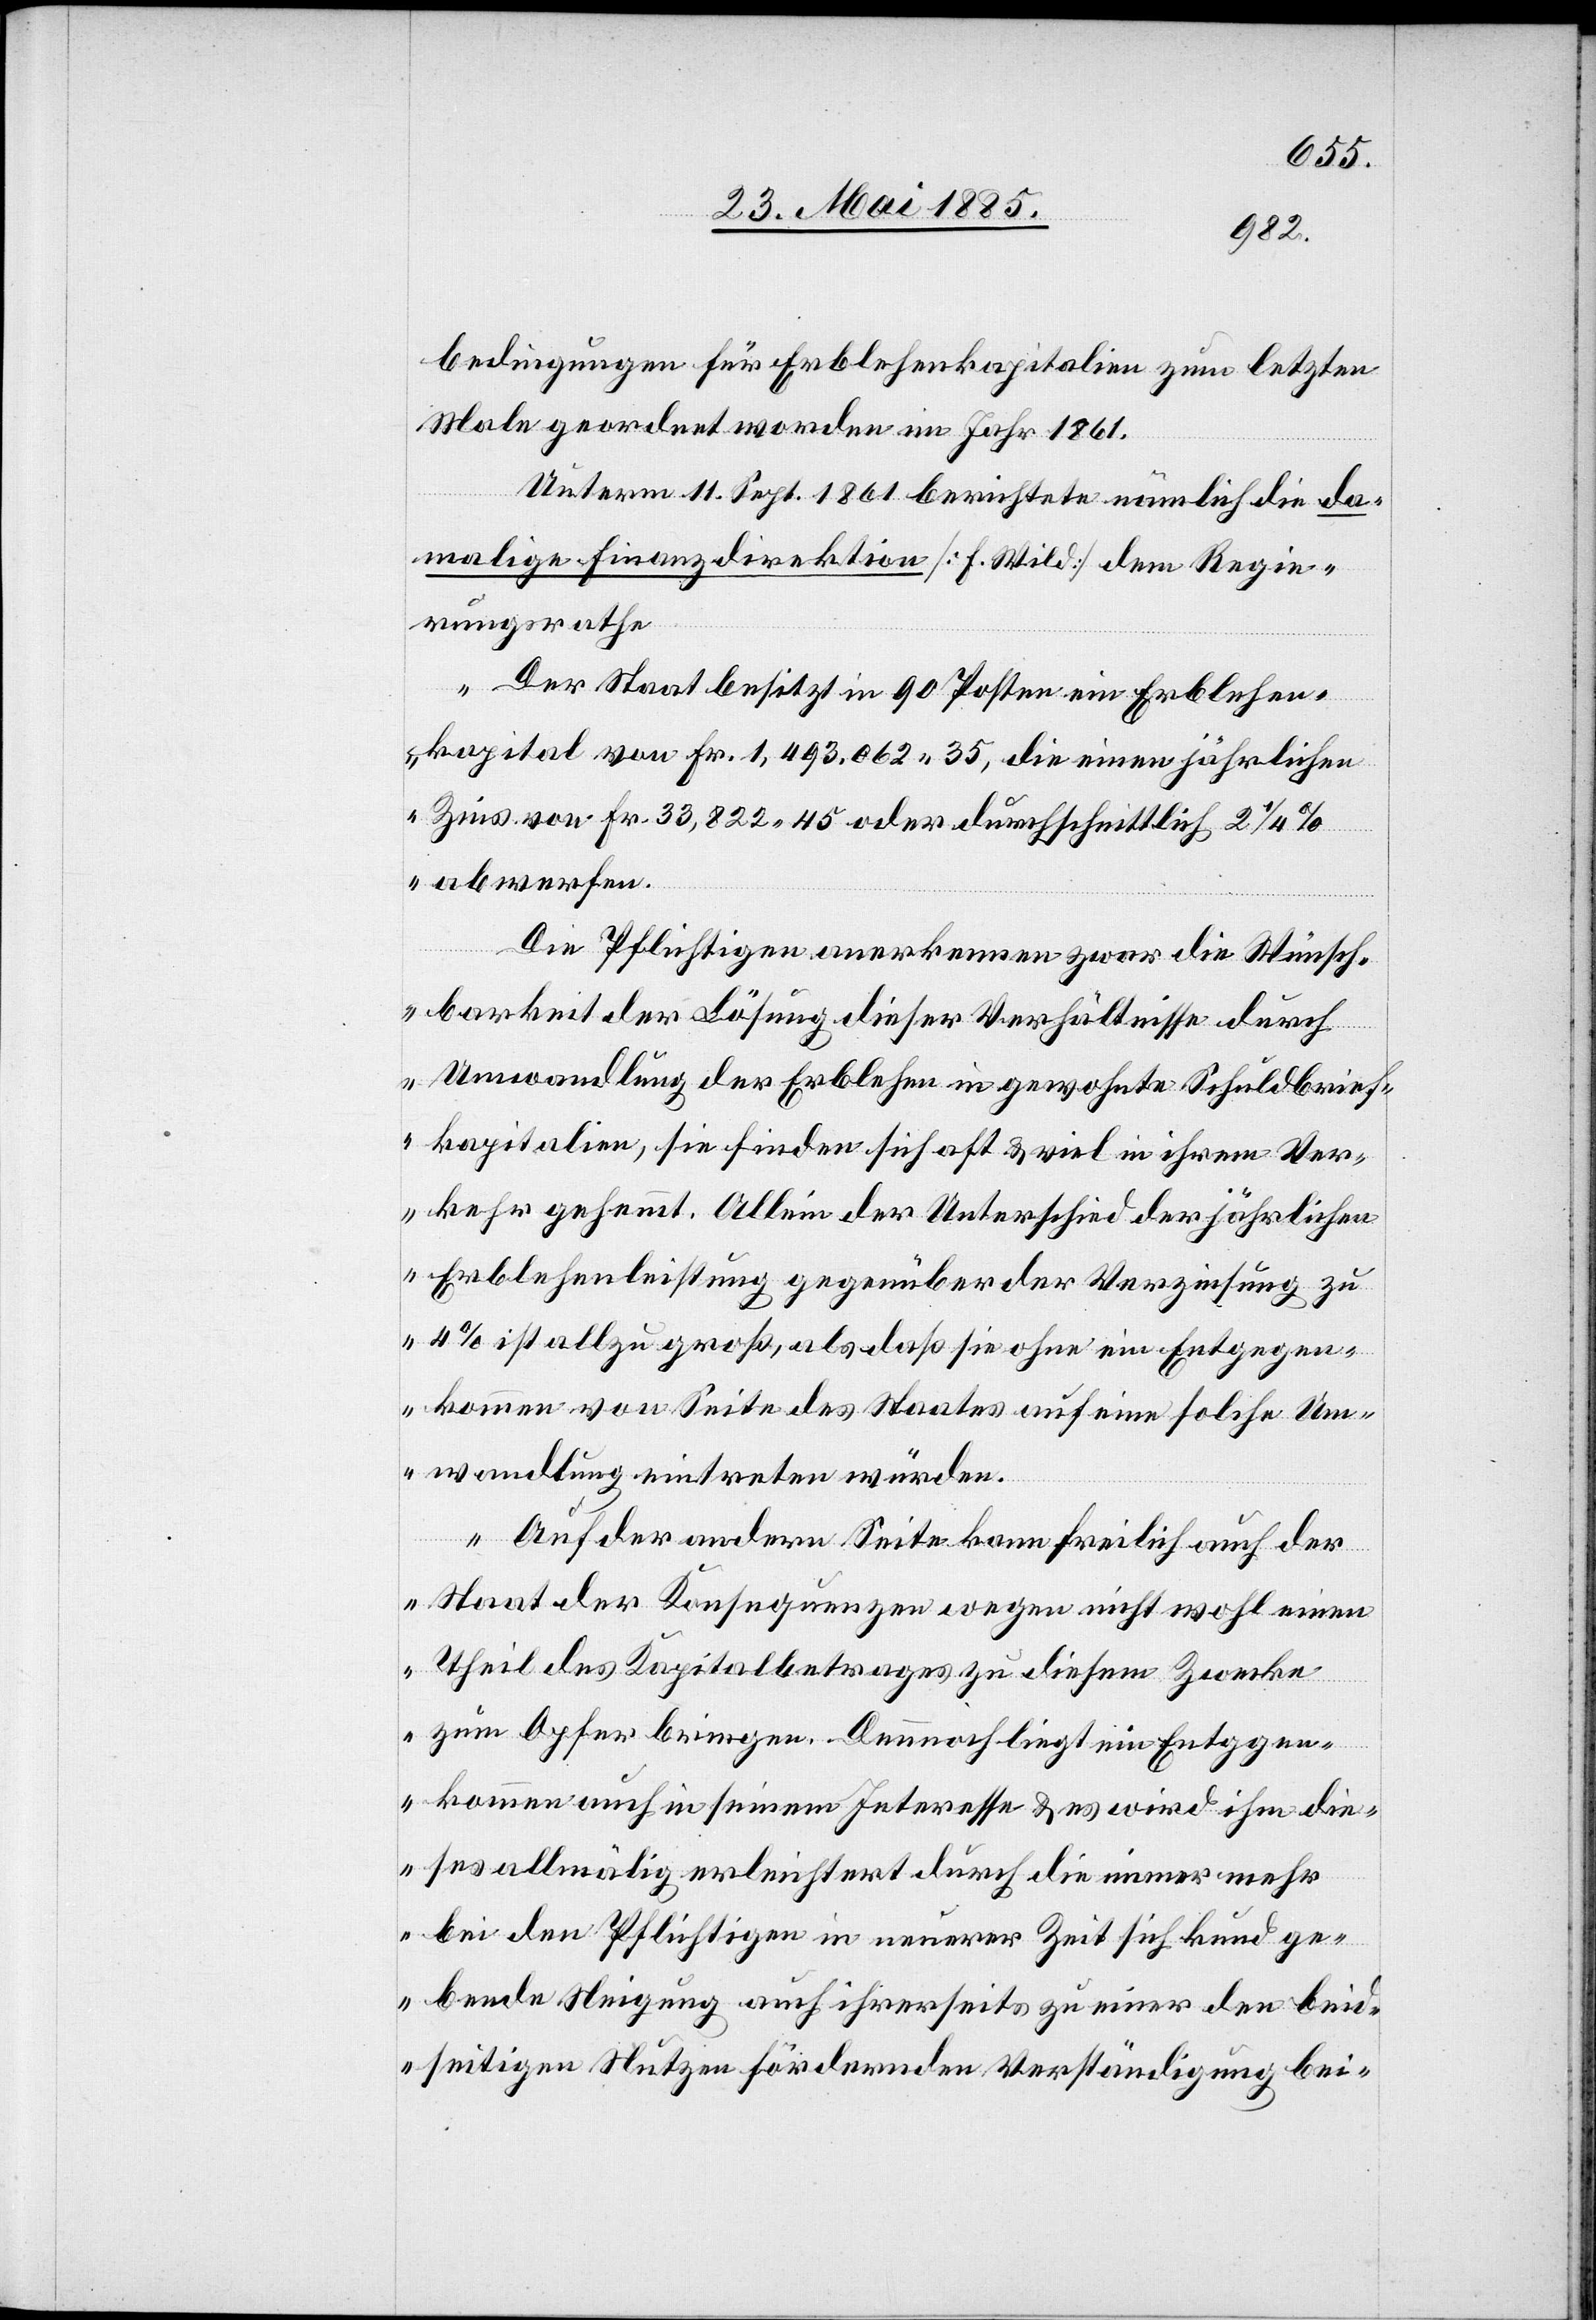
bedingungen für Erblehenkapitalien zum letzten
Male geordnet worden im Jahr 1861.
Unterm 11. Sept. 1861 berichtete nämlich die da¬
malige Finanzdirektion [F. Wild] dem Regie¬
rungsrathe:
Der Staat besitzt in 90 Posten ein Erblehen¬
kapital von Fr. 1,493,062 35, die einen jährlichen
Zins von Fr. 33,822 45 oder durchschnittlich 2 1/4%
abwerfen.
Die Pflichtigen anerkennen zwar die Wünsch¬
barkeit der Lösung dieser Verhältnisse durch
Umwandlung der Erblehen in gewohnte Schuldbrief¬
kapitalien, sie finden sich oft & viel in ihrem Ver¬
kehr gehemmt. Allein der Unterschied der jährlichen
Erblehenleistung gegenüber der Verzinsung zu
4% ist allzu groß, als daß sie ohne ein Entgegen¬
kommen von Seite des Staates auf eine solche Um¬
wandlung eintreten würden.
Auf der andern Seite kann freilich auch der
Staat der Konsequenzen wegen nicht wohl einen
Theil des Kapitalbetrages zu diesem Zwecke
zum Opfer bringen. Dennoch liegt ein Entgegen¬
kommen auch in seinem Interesse & es wird ihm die¬
ses allmälig erleichtert durch die immer mehr
bei den Pflichtigen in neuerer Zeit sich kund ge¬
bende Steigung auch ihrerseits zu einer den bei¬
dseitigen Nutzen fördernden Verständigung bei-